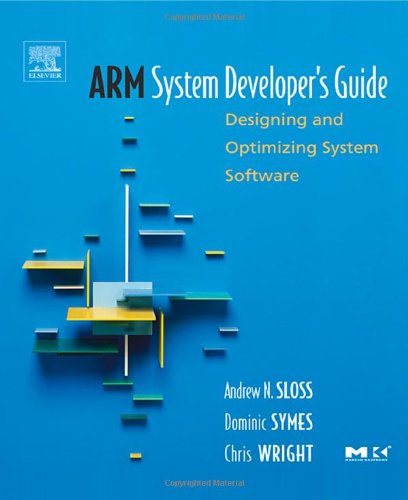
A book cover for ARM System Developer's Guide: Designing and Optimizing System Software (The Morgan Kaufmann Series in Computer Architecture and Design); Andrew Sloss; Computers & Technology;